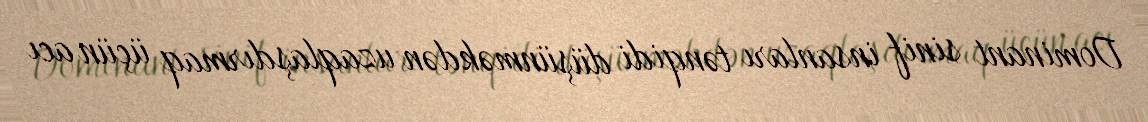
Dominant sinif insanları tənqidi düşünməkdən uzaqlaşdırmaq üçün acı